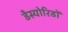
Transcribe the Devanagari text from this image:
डैस्योरिडों